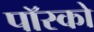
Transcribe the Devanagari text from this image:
पॉस्को